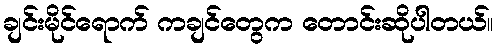
ချင်းမိုင်ရောက် ကချင်တွေက တောင်းဆိုပါတယ်။